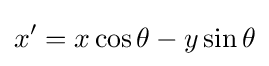
x'=x\cos \theta -y\sin \theta